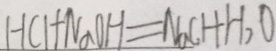
H C l + N a O H = N a C H + H _ { 2 } O